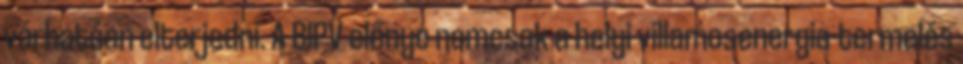
várhatóan elterjedni. A BIPV előnye nemcsak a helyi villamosenergia-termelés